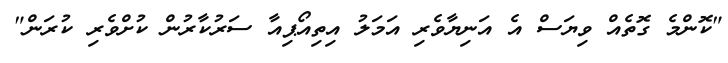
"ކޮންމެ ގޮތެއް ވިޔަސް އެ އަނިޔާވެރި އަމަލު އިތިއޯޕިއާ ސަރުކާރުން ކުށްވެރި ކުރަން"